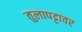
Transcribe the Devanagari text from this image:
तुलापट्टावर